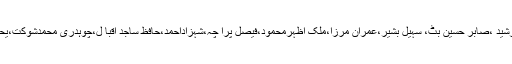
اجلاس میں،شیخ امتیازاحمد،توصیف الرحمان،یحییٰ رشید ،صابر حسین بٹ، سہیل بشیر،عمران مرزا،ملک اظہرمحمود،فیصل پرا چہ،شہزاداحمد،حافظ ساجد اقبا ل،چوہدری محمدشوکت،یحییٰ عبدالعزیز سمیت متعددذمہ داران نے شرکت کی۔